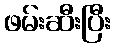
ဖမ်းဆီးပြီး